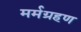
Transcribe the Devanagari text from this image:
मर्मग्रहण